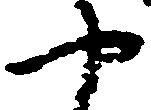
や